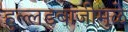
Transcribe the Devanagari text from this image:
हुल्लडबाजीमुळे